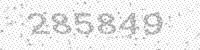
Solution: 285849